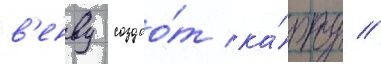
в'енву создао́т ка́рту /